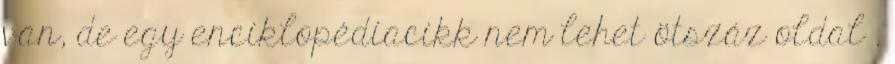
van, de egy enciklopédiacikk nem lehet ötszáz oldal .